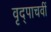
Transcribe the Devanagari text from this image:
वृद्पाचवीं